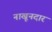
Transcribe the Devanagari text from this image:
नाखूनदार